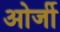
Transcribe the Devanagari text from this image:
ओर्जी